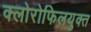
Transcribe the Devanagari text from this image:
क्लोरोफिलयुक्त